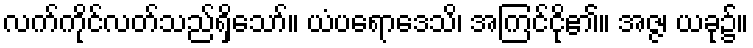
လက်ကိုင်လတ်သည်ရှိသော်။ ယံပရောဒေသိ၊ အကြင်ငို၏။ အဇ္ဇ၊ ယခု၌။